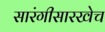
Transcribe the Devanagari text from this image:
सारंगीसारखेच